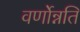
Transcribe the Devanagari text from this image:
वर्णोन्नति